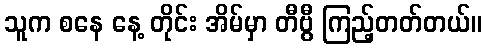
သူက စနေ နေ့ တိုင်း အိမ်မှာ တီဗွီ ကြည့်တတ်တယ်။